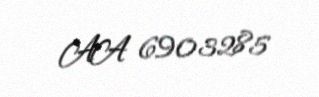
AA 6903285